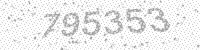
Solution: 795353